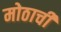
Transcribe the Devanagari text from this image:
मोठाची